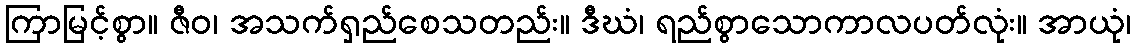
ကြာမြင့်စွာ။ ဇီဝ၊ အသက်ရှည်စေသတည်း။ ဒီဃံ၊ ရည်စွာသောကာလပတ်လုံး။ အာယုံ၊